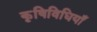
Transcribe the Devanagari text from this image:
कृषिविधियाँ